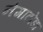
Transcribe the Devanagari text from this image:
नेमाटोडा